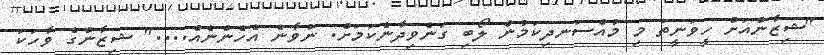
"ޝިޒާންއަށް ހީވަނީތަ މި މުއްސަނދިކަމުން ލޯބި ގަނެވިދާނެކަމަށް. ނުވާނެ އެހެންނެއް...." ޝިޒާންގެ ވާހަކަ